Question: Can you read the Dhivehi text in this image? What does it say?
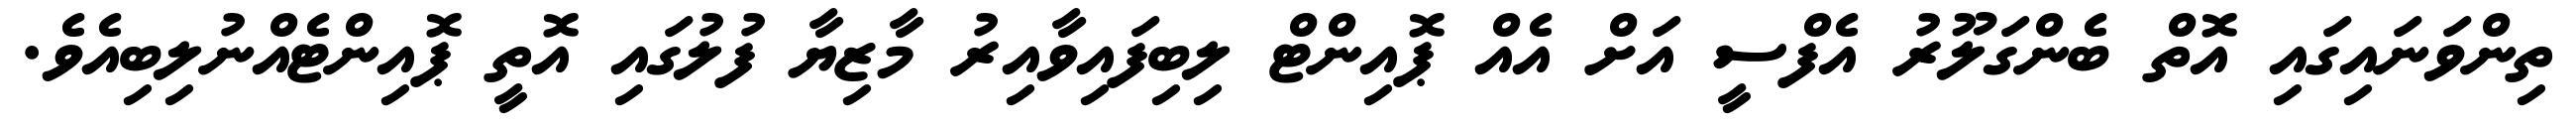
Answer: ތިންވަނައިގައި އޮތް ބެންގަލޫރު އެފްސީ އަށް އެއް ޕޮއިންޓް ލިބިފައިވާއިރު މާޒިޔާ ފުލުގައި އޮތީ ޕޮއިންޓެއްނުލިބިއެވެ.